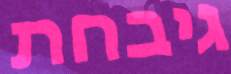
גיבחת